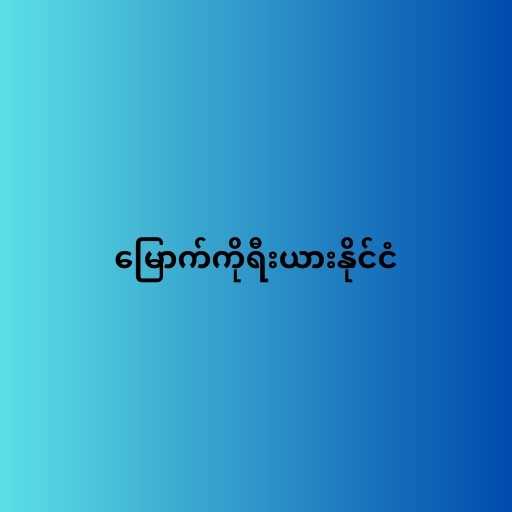
မြောက်ကိုရီးယားနိုင်ငံ